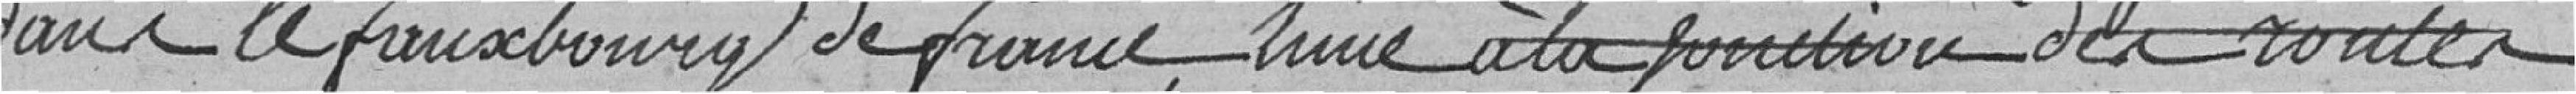
dans le faubourg de France, d'une à la jonction des routes